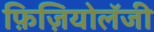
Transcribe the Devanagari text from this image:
फ़िज़ियोलॅजी